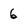
Character: 6